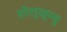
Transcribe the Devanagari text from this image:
सोलुखुम्बु